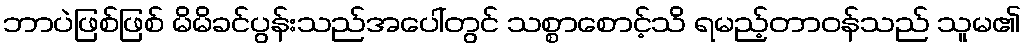
ဘာပဲဖြစ်ဖြစ် မိမိခင်ပွန်းသည်အပေါ်တွင် သစ္စာစောင့်သိ ရမည့်တာဝန်သည် သူမ၏